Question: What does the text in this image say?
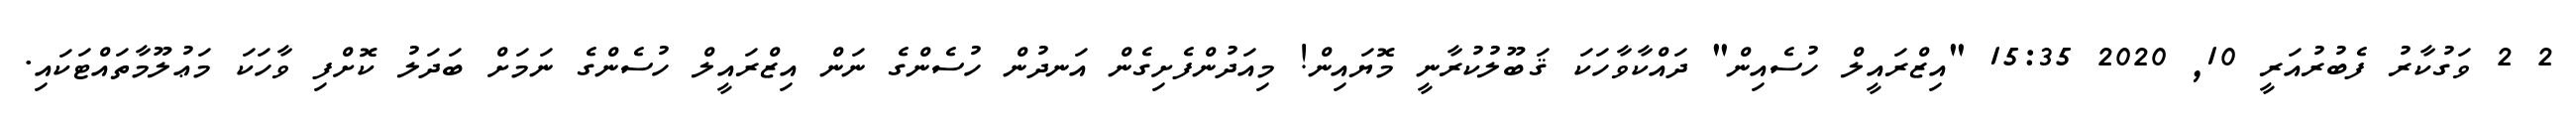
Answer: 2 2 ވަގުކާރު ފެބުރުއަރީ 10, 2020 15:35 "އިޒްރައީލް ހުސެއިން" ދައްކާވާހަކަ ޤަބޫލުކުރާނީ މޮޔައިން! މިއަދުންފެށިގެން އަނދުން ހުސެންގެ ނަން އިޒްރައީލް ހުސެންގެ ނަމަށް ބަދަލު ކޮށްފި ވާހަކަ މަޢުލޫމާތައްޓަކައި.